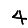
Digit: 4